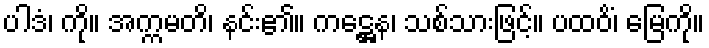
ပါဒံ၊ ကို။ အက္ကမတိ၊ နင်း၏။ ကဋ္ဌေန၊ သစ်သားဖြင့်။ ပထဝိံ၊ မြေကို။